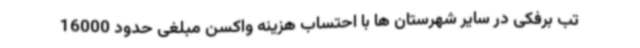
تب برفکی در سایر شهرستان ها با احتساب هزینه واکسن مبلغی حدود 16000